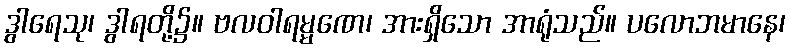
ဒွါရေသု၊ ဒွါရတို့၌။ ဗလဝါရမ္မဏေ၊ အားရှိသော အာရုံသည်။ ပလောဘမာနေ၊